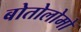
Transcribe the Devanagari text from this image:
बोतोलोमो